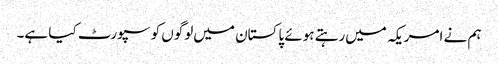
ہم نے امریکہ میں‌رہتے ہوئے پاکستان میں‌لوگوں کو سپورٹ کیا ہے۔